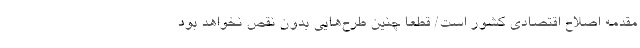
مقدمه اصلاح اقتصادی کشور است/ قطعا چنین طرح‌هایی بدون نقص نخواهد بود